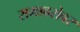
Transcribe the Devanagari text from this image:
रामाबरोबर